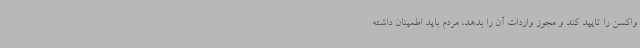
واکسن را تایید کند و مجوز واردات آن را بدهد، مردم باید اطمینان داشته